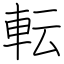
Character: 転